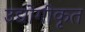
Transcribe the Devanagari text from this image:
उद्योगीकृत